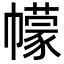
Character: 幪